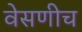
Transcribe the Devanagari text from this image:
वेसणीच